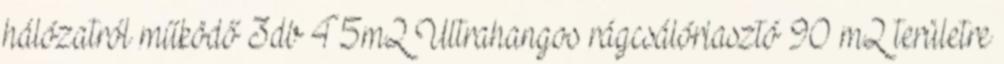
hálózatról működő 3db 45m2 Ultrahangos rágcsálóriasztó 90 m2 területre